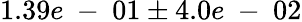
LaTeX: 1.39e\mathrm{~-~}01\pm 4.0e\mathrm{~-~}02